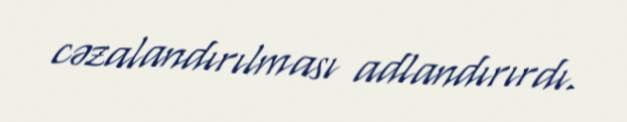
cəzalandırılması adlandırırdı.